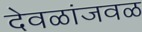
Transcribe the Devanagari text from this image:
देवळांजवळ